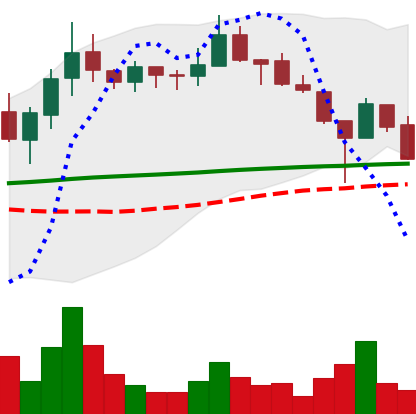
Ticker: LINK-USD
Chart end date: 2019-01-31
Forward return: 8.792%
Label: up_7plus